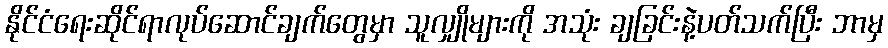
နိုင်ငံရေးဆိုင်ရာလုပ်ဆောင်ချက်တွေမှာ သူလျှိုများကို အသုံး ချခြင်းနဲ့ပတ်သက်ပြီး ဘာမှ